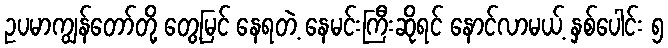
ဥပမာကျွန်တော်တို့ တွေ့မြင် နေရတဲ့ နေမင်းကြီးဆိုရင် နောင်လာမယ့် နှစ်ပေါင်း ၅